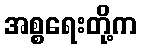
အစ္စရေးတို့က